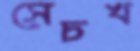
সেচখ